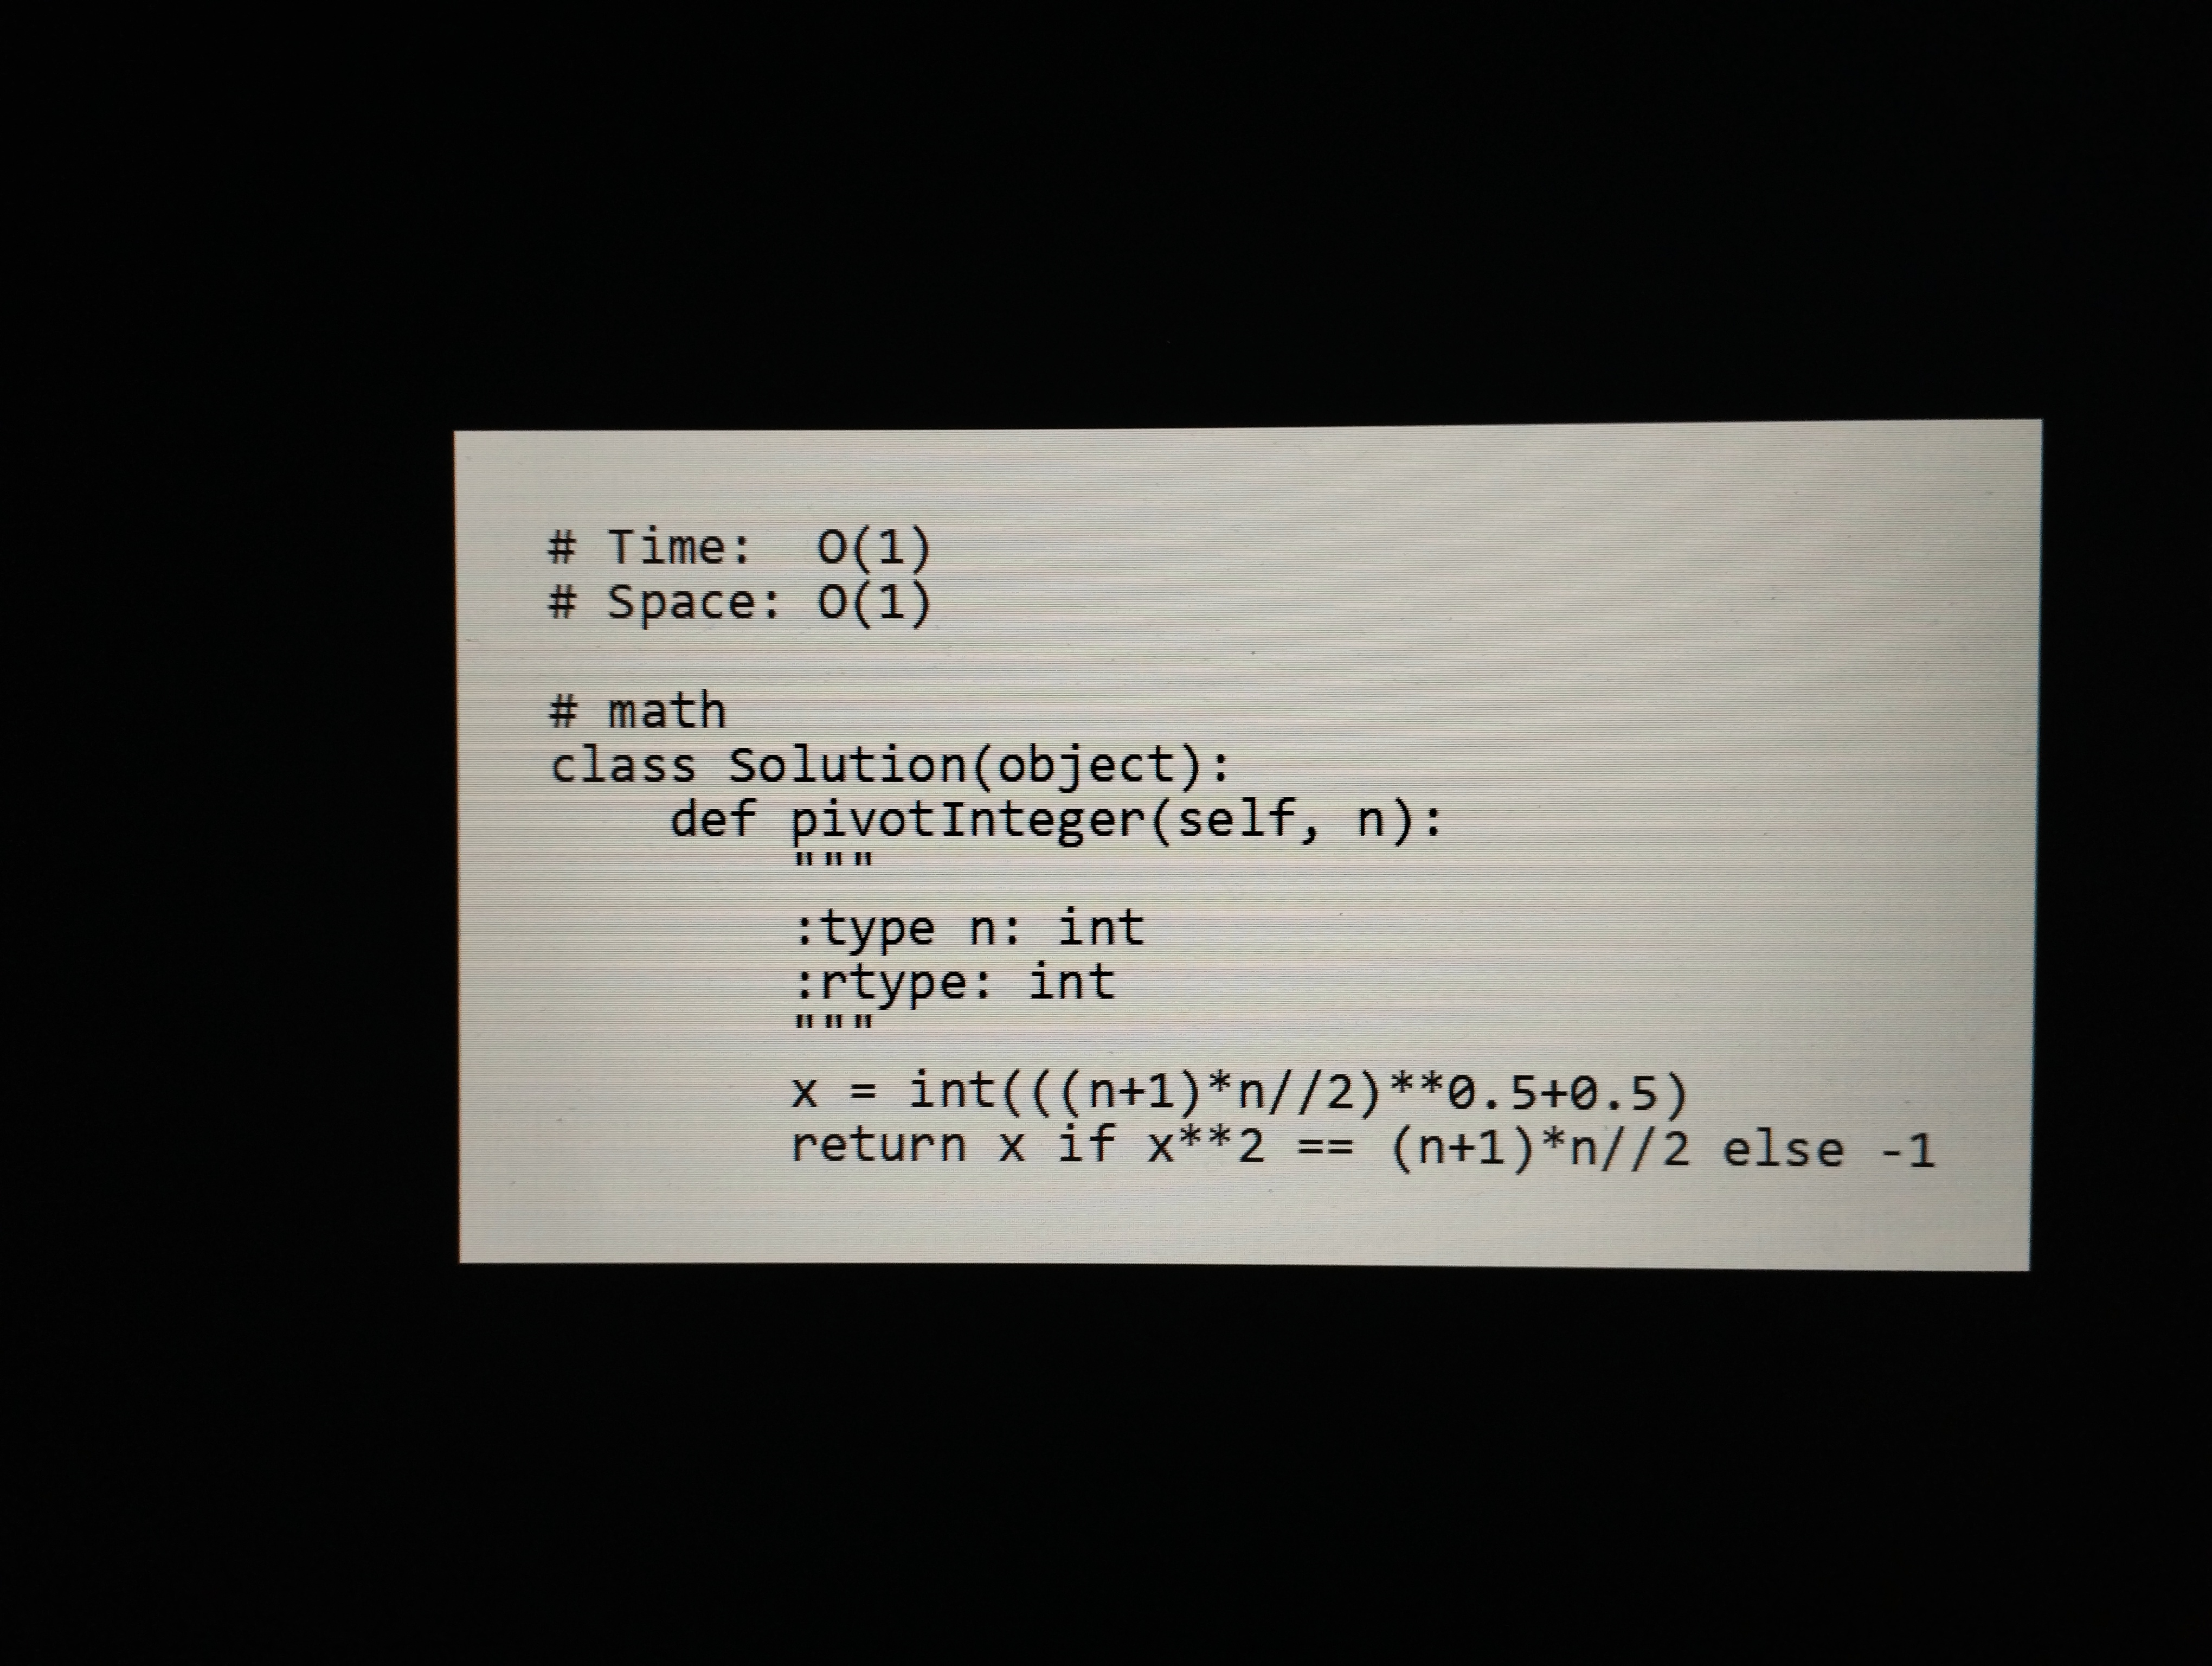
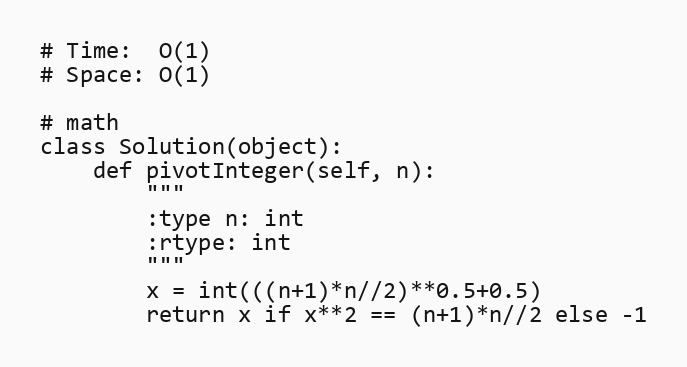
# Time:  O(1)
# Space: O(1)

# math
class Solution(object):
    def pivotInteger(self, n):
        """
        :type n: int
        :rtype: int
        """
        x = int(((n+1)*n//2)**0.5+0.5)
        return x if x**2 == (n+1)*n//2 else -1